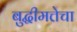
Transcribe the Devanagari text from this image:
बुद्धीमत्तेचा